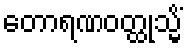
တောရဏဝတ္ထုသ္မိံ